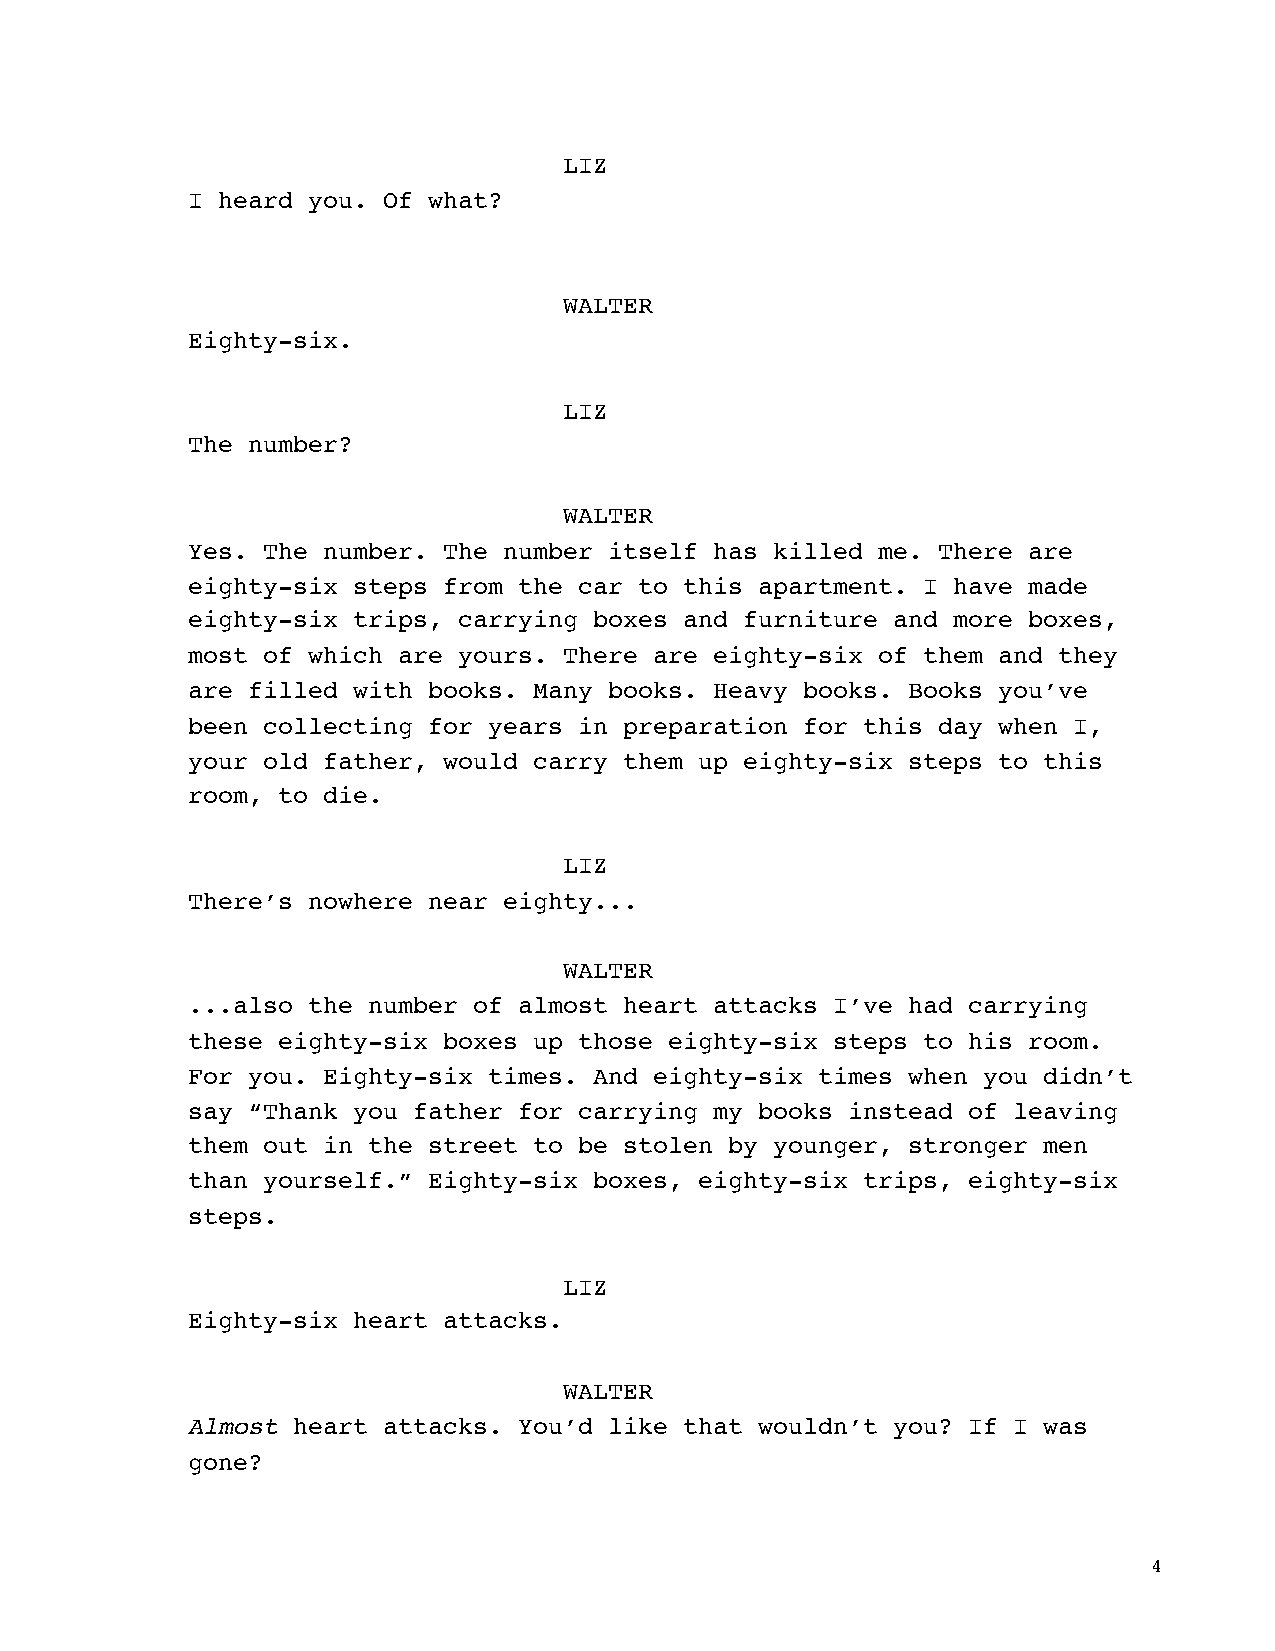
LIZ
 I heard you. Of what?
 WALTER
 Eighty-six.
 LIZ
 The number?
 WALTER
 Yes. The number. The number itself has killed me. There are
 eighty-six steps from the car to this apartment. I have made
 eighty-six trips, carrying boxes and furniture and more boxes,
 most of which are yours. There are eighty-six of them and they
 are filled with books. Many books. Heavy books. Books you’ve
 been collecting for years in preparation for this day when I,
 your old father, would carry them up eighty-six steps to this
 room, to die.
 LIZ
 There’s nowhere near eighty...
 WALTER
 ...also the number of almost heart attacks I’ve had carrying
 these eighty-six boxes up those eighty-six steps to his room.
 For you. Eighty-six times. And eighty-six times when you didn’t
 say “Thank you father for carrying my books instead of leaving
 them out in the street to be stolen by younger, stronger men
 than yourself.” Eighty-six boxes, eighty-six trips, eighty-six
 steps.
 LIZ
 Eighty-six heart attacks.
 WALTER
 Almost heart attacks. You’d like that wouldn’t you? If I was
 gone?
 4